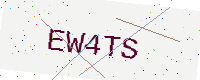
Text: EW4TS